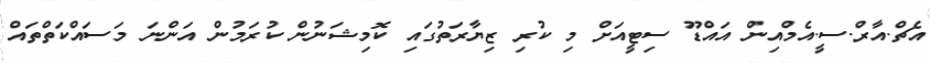
އެޗް.އާރް.ސީ.އެމްއިން އައްޑޫ ސިޓީއަށް މި ކުރި ޒިޔާރަތުގައި ކޮމިޝަނުން ކުރަމުން އަންނަ މަސައްކަތްތައް